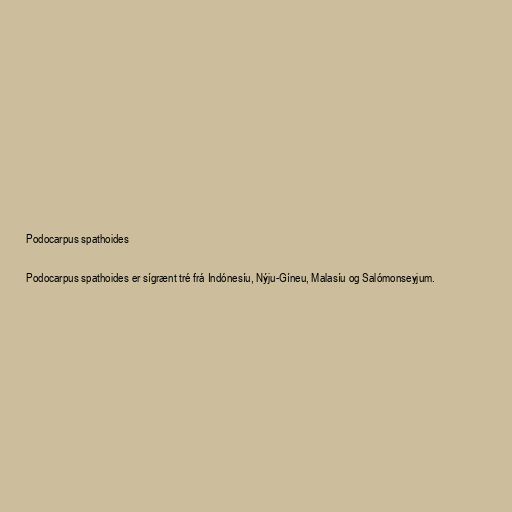
Podocarpus spathoides

Podocarpus spathoides er sígrænt tré frá Indónesíu, Nýju-Gíneu, Malasíu og Salómonseyjum.